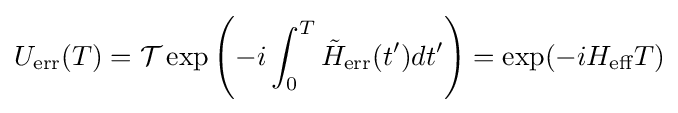
U_{\text{err}}(T)={\mathcal {T}}\exp \left(-i\int _{0}^{T}{\tilde {H}}_{\text{err}}(t')dt'\right)=\exp(-iH_{\text{eff}}T)